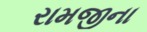
રામજીના